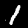
Digit: 1